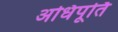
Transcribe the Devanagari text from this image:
अधिपूर्ति